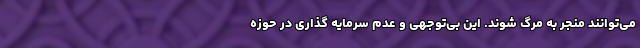
می‌توانند منجر به مرگ شوند. این بی‌توجهی و عدم سرمایه گذاری در حوزه